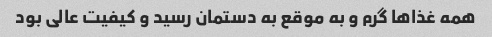
همه غذاها گرم و به موقع به دستمان رسید و کیفیت عالی بود